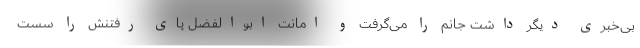
بی‌خبری دیگر داشت جانم را می‌گرفت و امانت ابوالفضل پای رفتنش را سُست